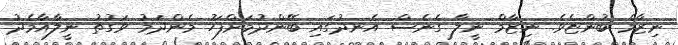
ނިޒާމް ބުންޏެވެ. ނިޒާމް ނީލާ ގެނެސް އެނދުގައި ބޭންދުމަށްފަހު މެންދަމު ވަގުތު ނީލާއާމެދު